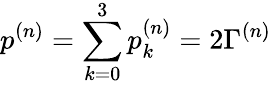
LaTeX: p^{(n)}=\sum_{k=0}^{3}p_{k}^{(n)}=2\Gamma^{(n)}